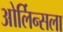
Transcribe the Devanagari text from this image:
ओर्लिन्सला